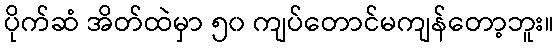
ပိုက်ဆံ အိတ်ထဲမှာ ၅၀ ကျပ်တောင်မကျန်တော့ဘူး။